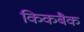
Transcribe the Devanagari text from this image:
किकबैक